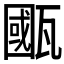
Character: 𤮋